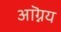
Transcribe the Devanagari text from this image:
आग्नॆय